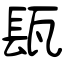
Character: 瓺